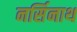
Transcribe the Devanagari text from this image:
नर्सिनाथ